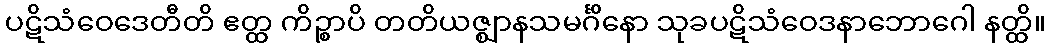
ပဋိသံဝေဒေတီတိ ဧတ္ထ ကိဉ္စာပိ တတိယဇ္ဈာနသမင်္ဂိနော သုခပဋိသံဝေဒနာဘောဂေါ နတ္ထိ။